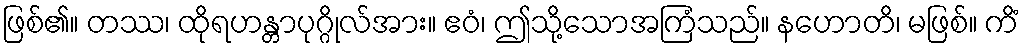
ဖြစ်၏။ တဿ၊ ထိုရဟန္တာပုဂ္ဂိုလ်အား။ ဧဝံ၊ ဤသို့သောအကြံသည်။ နဟောတိ၊ မဖြစ်။ ကိံ